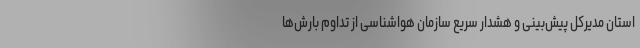
استان مدیرکل پیش‌بینی و هشدار سریع سازمان هواشناسی از تداوم بارش‌ها